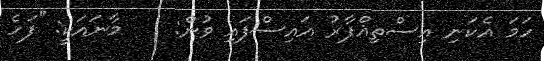
ހަމަ އެކަނި އިސްތިޣްފާރު އައިސްފައި ވުން:    މާނައަކީ: ''ފަހެ